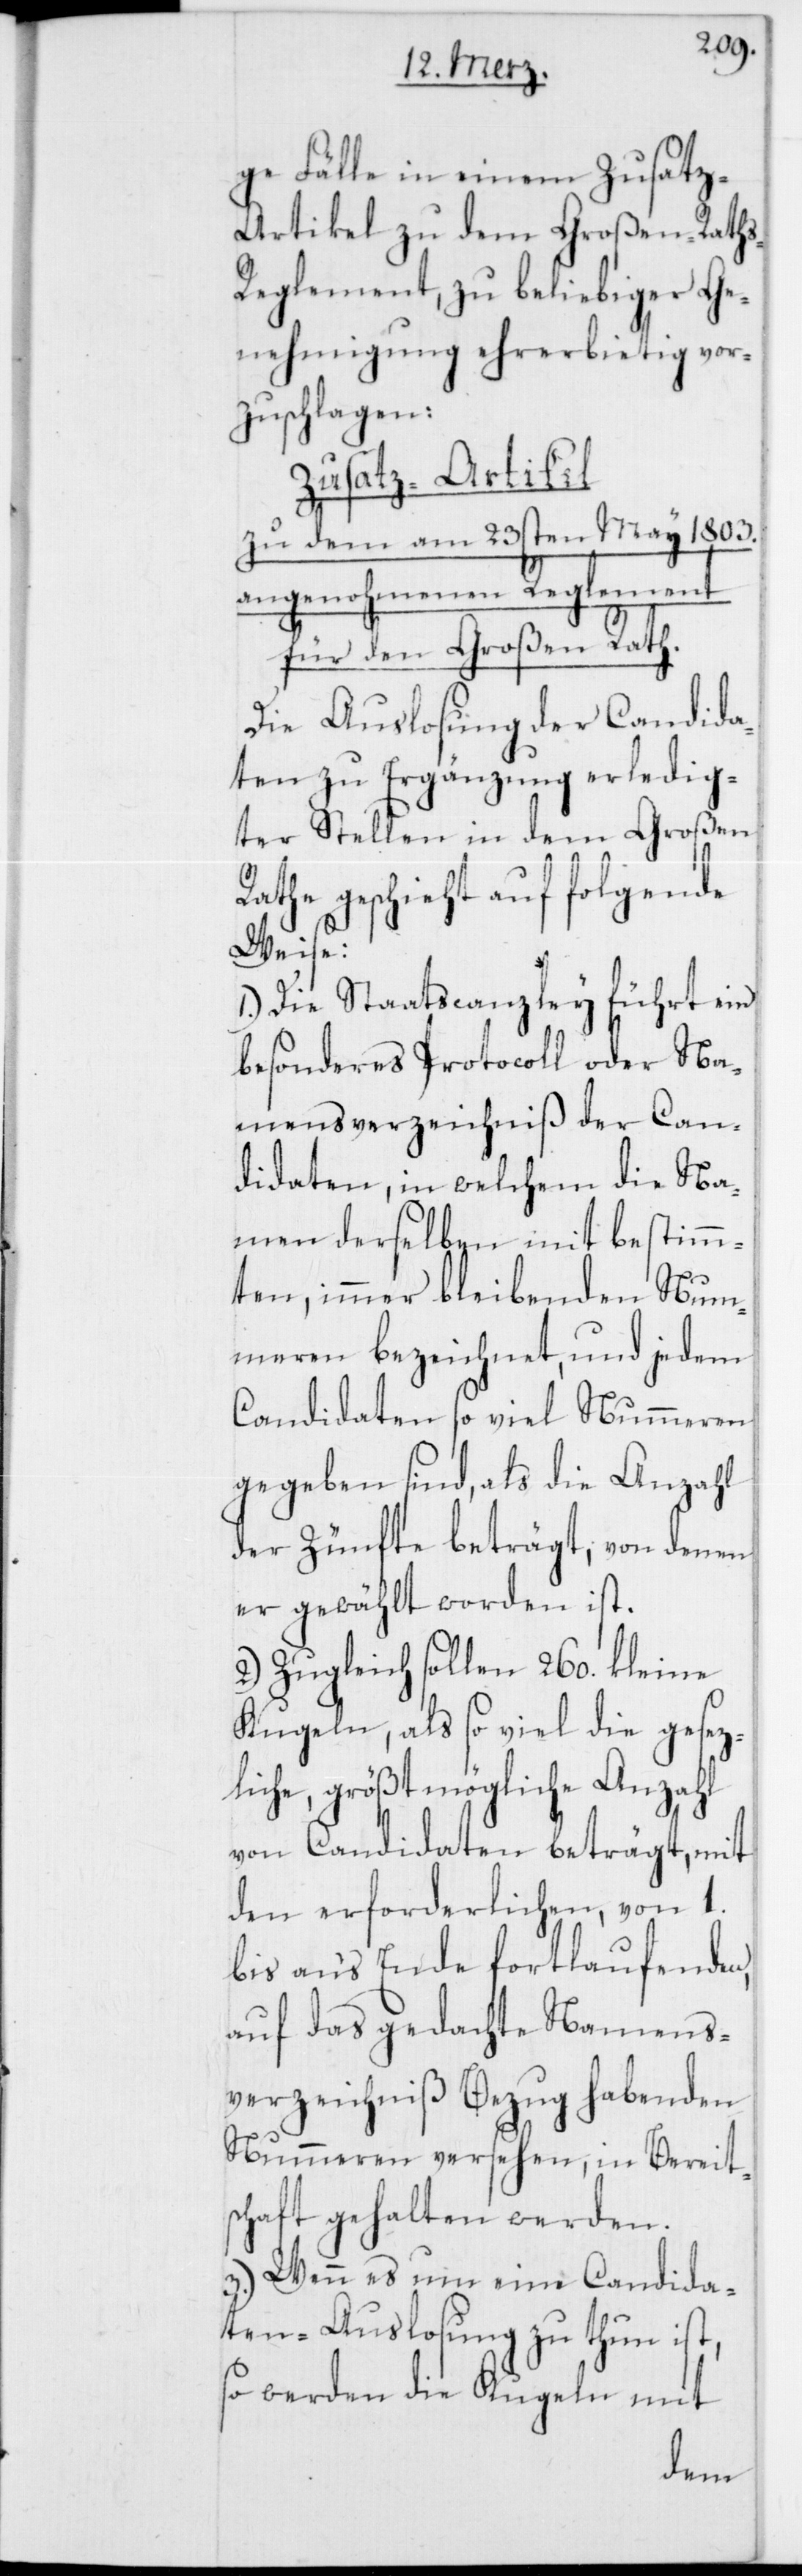
ge Fälle in einem Zusatz-A¬
rtikel zu dem Großen-Rath¬
s-Reglement, zu beliebiger Ge¬
nehmigung ehrerbietig vor¬
zuschlagen:
Zusatz-Artikel
zu dem am 23sten May 1803.
angenohmenen Reglement
für den Großen Rath.
Die Auslosung der Candida¬
ten zu Ergänzung erledig¬
ter Stellen in dem Großen
geschieht auf folgende
Weise:
1.) Die Staatscanzley führt ein
besonderes Protocoll oder Na¬
mensverzeichniß der Can¬
didaten, in welchem die Na¬
men derselben mit bestimm¬
ten, immer bleibenden Num¬
meren bezeichnet, und jedem
Candidaten so viel Nummeren
gegeben sind, als die Anzahl
der Zünfte beträgt, von denen
er gewählt worden ist.
2.) Zugleich sollen 260. kleine
Kugeln, als so viel die gesetz¬
liche, größt mögliche Anzahl
von Candidaten beträgt, mit
den erforderlichen, von 1.
bis ans Ende fortlaufenden,
auf das gedachte Namens¬
verzeichniß Bezug habenden
Nummeren versehen, in Bereits¬
chaft gehalten werden.
3.) Wenn es um eine Candida¬
ten-Auslosung zu thun ist,
so werden die Kugeln mit